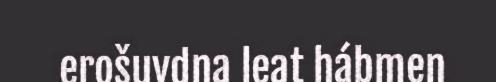
erošuvdna leat hábmen